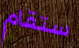
ستقام